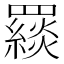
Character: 𦌪